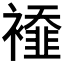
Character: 𧞁